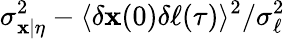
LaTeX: \sigma_{\mathbf{x}|\eta}^{2}-\langle\delta\mathbf{x}(0)\delta\ell(\tau)\rangle^{2}/\sigma_{\ell}^{2}